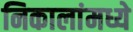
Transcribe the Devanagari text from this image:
निकालांमध्ये